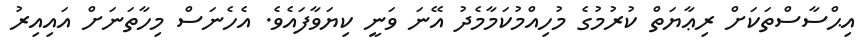
އިޙްސާސްތަކަށް ރިޢާޔަތް ކުރުމުގެ މުހިއްމުކަމާމެދު އޭނަ ވަނީ ކިޔަވާފައެވެ. އެހެނަސް މިހާތަނަށް އައިއިރު